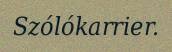
Szólókarrier.